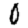
Digit: 0